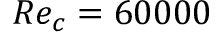
R e _ { c } = 6 0 0 0 0